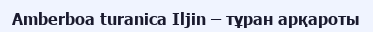
Amberboa turanica Iljin – тұран арқароты